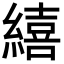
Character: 繥